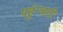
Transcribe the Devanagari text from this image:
पहुंम्चती